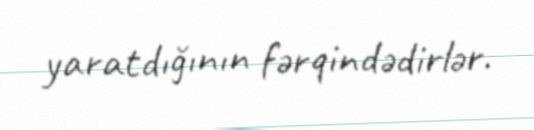
yaratdığının fərqindədirlər.